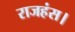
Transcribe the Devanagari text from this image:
राजहंस।